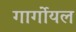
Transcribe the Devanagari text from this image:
गार्गोयल